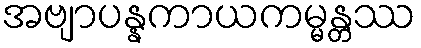
အဗျာပန္နကာယကမ္မန္တဿ